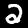
Label: 2